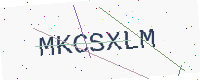
Text: MKCSXLM